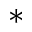
*